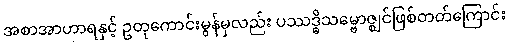
အစာအာဟာရနှင့် ဥတုကောင်းမွန်မှလည်း ပဿဒ္ဓိသမ္ဗောဇ္ဈင်ဖြစ်တတ်ကြောင်း